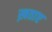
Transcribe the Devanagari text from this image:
ख़ताए